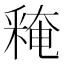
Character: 𨤕